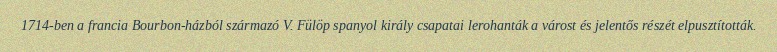
1714-ben a francia Bourbon-házból származó V. Fülöp spanyol király csapatai lerohanták a várost és jelentős részét elpusztították.